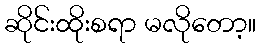
ဆိုင်းထိုးစရာ မလိုတော့။